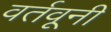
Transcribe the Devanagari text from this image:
वर्तवूनी